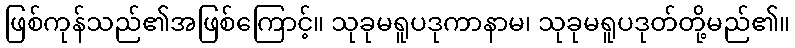
ဖြစ်ကုန်သည်၏အဖြစ်ကြောင့်။ သုခုမရူပဒုကာနာမ၊ သုခုမရူပဒုတ်တို့မည်၏။